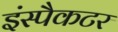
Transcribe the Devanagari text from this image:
इंस्पैकटर